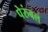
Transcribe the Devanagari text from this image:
पेरुंबलं